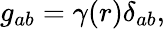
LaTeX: g_{ab}=\gamma(r)\delta_{ab},